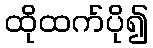
ထိုထက်ပို၍